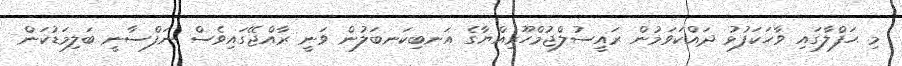
މި ޙަފްލާގައި ވާހަކަފުޅު ދައްކަވަމުން ރައީސުލްޖުމްހޫރިއްޔާގެ އަނބިކަނބަލުން ވަނީ ރާއްޖޭގައިވެސް ނަފްސާނީ ބަލިމަޑުކަން